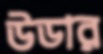
উডার